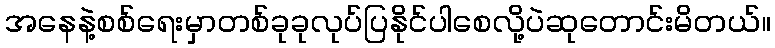
အနေနဲ့စစ်ရေးမှာတစ်ခုခုလုပ်ပြနိုင်ပါစေလို့ပဲဆုတောင်းမိတယ်။